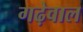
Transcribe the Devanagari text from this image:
गढ़ेवाल